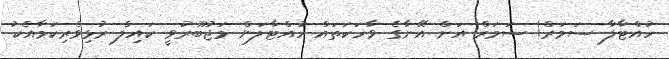
ހުއްޓާލާ ސަމަރް! ސަމަރް އަށް އޭނާގެ ވާހަކަތައް ހުއްޓާލަން މަޖުބޫރުވީ ކައިލް ރުޅިވެރިކަމާއެކު